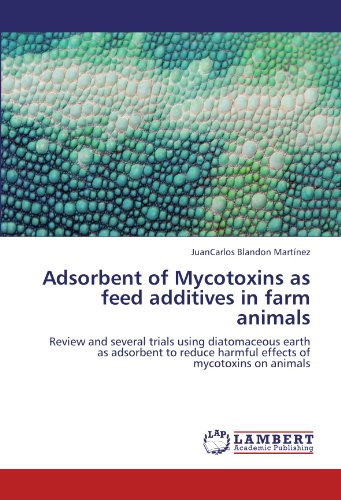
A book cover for Adsorbent of Mycotoxins as feed additives in farm animals: Review and several trials using diatomaceous earth as adsorbent to reduce harmful effects of mycotoxins on animals; JuanCarlos Blandon MartÃ­nez; Teen & Young Adult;